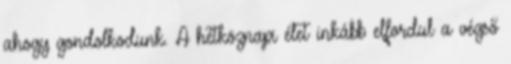
ahogy gondolkodunk. A hétköznapi élet inkább elfordul a végső